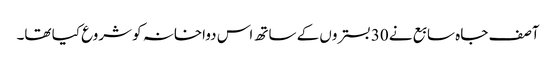
آصف جاہ سابع نے 30 بستروں کے ساتھ اس دواخانہ کو شروع کیا تھا۔